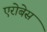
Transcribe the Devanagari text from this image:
एरोबेस